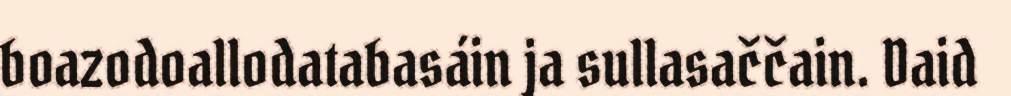
boazodoallodatabasáin ja sullasaččain. Daid